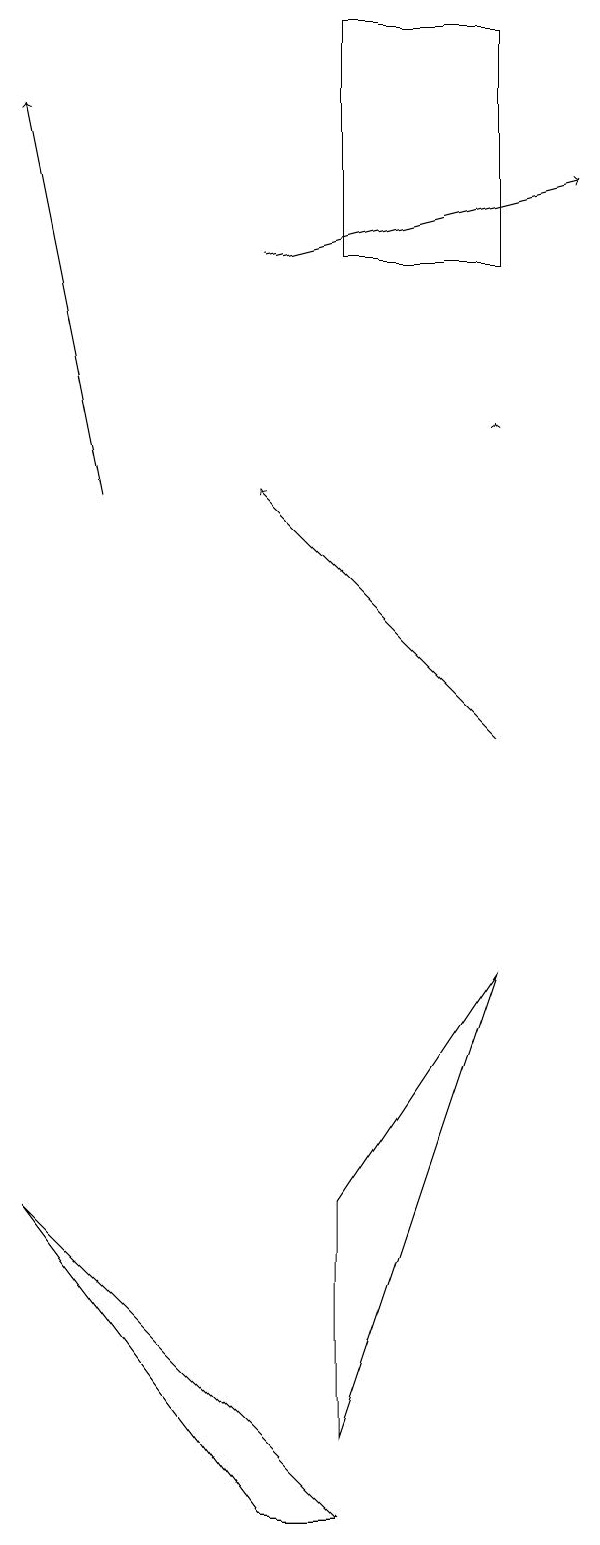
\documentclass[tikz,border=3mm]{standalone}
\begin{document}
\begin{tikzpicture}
\draw[->] (7,10) -- (4,13);
\draw[->] (4,16) -- (8,17);
\draw (5,16) rectangle (7,19);
\draw (5,1) -- (7,7) -- (5,4) -- cycle;
\draw[->] (7,14) -- (7,14);
\draw (4,0) -- (5,0) -- (1,4) -- cycle;
\draw[->] (2,13) -- (1,18);
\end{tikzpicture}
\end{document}